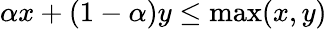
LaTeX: \alpha x+(1-\alpha)y\leq\operatorname*{max}(x,y)